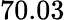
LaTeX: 70.03